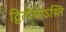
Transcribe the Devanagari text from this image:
द्वितीयोऽस्ति